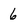
Character: 6